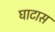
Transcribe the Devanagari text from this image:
घाटास